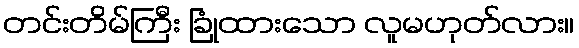
တင်းတိမ်ကြီး ခြုံထားသော လူမဟုတ်လား။